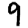
Digit: 9